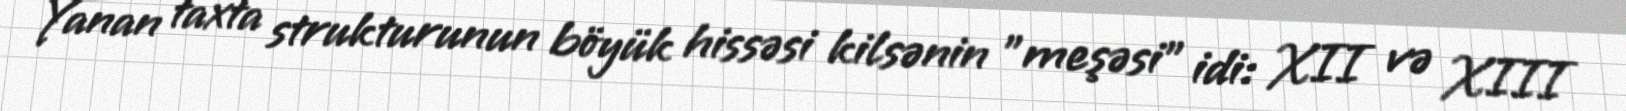
Yanan taxta strukturunun böyük hissəsi kilsənin "meşəsi" idi: XII və XIII